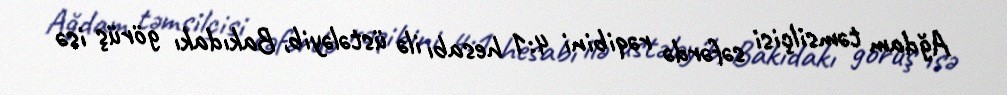
Ağdam təmsilçisi səfərdə rəqibini 4:1 hesabı ilə üstələyib, Bakıdakı görüş isə